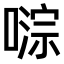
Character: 𫫥